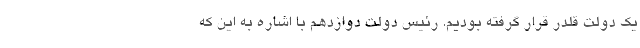
یک دولت قلدر قرار گرفته بودیم. رئیس دولت دوازدهم با اشاره به این که